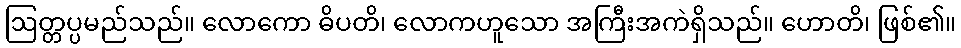
ဩတ္တပ္ပမည်သည်။ လောကော ဓိပတိ၊ လောကဟူသော အကြီးအကဲရှိသည်။ ဟောတိ၊ ဖြစ်၏။